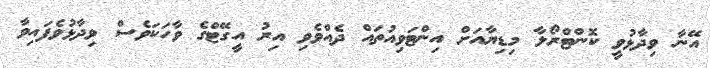
އޭނާ ވިދާޅުވީ ކޮންޓްރޯލާ މިޑިޔާއަށް އިންޓަވިއުތައް ދެއްވެވި އިރު އީގޭޓްގެ ވާހަކަވެސް ވިދާޅުވެފައިވާ